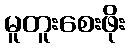
မူတူးစေးဖိုး